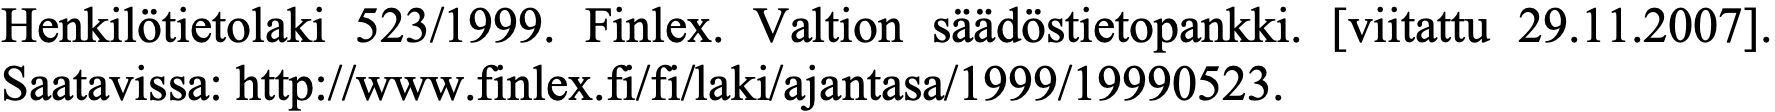
Henkilötietolaki 523/1999. Finlex. Valtion säädöstietopankki. [viitattu 29.11.2007]. Saatavissa: http://www.finlex.fi/fi/laki/ajantasa/1999/19990523.